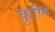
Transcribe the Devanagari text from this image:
कुणि